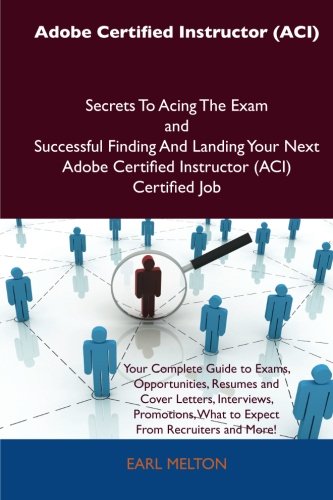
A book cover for Adobe Certified Instructor (ACI) Secrets To Acing The Exam and Successful Finding And Landing Your Next Adobe Certified Instructor (ACI) Certified Job; Earl Melton; Computers & Technology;